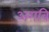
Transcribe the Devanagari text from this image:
अगवि